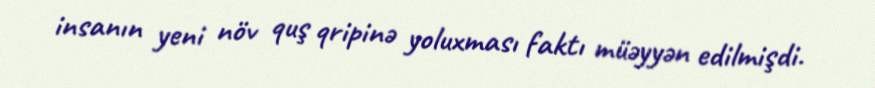
insanın yeni növ quş qripinə yoluxması faktı müəyyən edilmişdi.